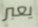
يعبر